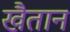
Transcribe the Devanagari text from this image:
खैतान